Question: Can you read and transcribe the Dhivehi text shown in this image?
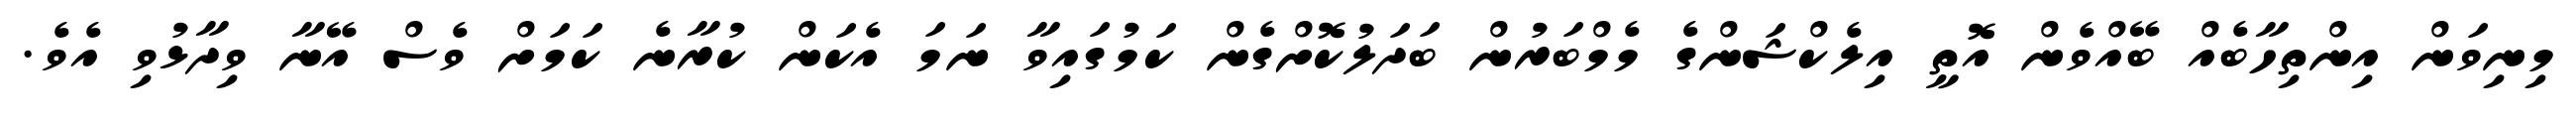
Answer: މިނިވަން އިންތިހާބެއް ބޭއްވެން އޮތީ އިލެކްޝަންގެ މެމްބަރުން ބަދަލުކޮށްގެން ކަމުގައިވާ ނަމަ އެކަން ކުރާނެ ކަމަށް ވެސް އޭނާ ވިދާޅުވި އެވެ.